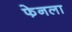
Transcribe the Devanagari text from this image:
फेनला